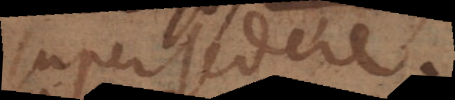
supersedere.